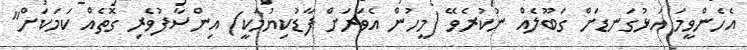
އެހެންވީމަ އަޅުގަނޑަށް ގަބޫލެއް ނުކުރެވޭ (މީހުން އެވަރަށް ފާޑުކިޔުމަކީ) އިންސާފުވެރި ގޮތެއް ކަމަކަށް"